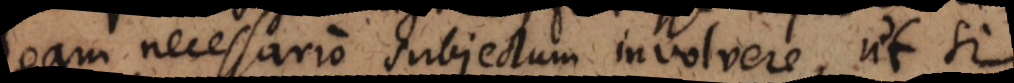
eam necessario subjectum involvere, ut si